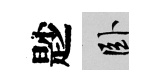
尟卧